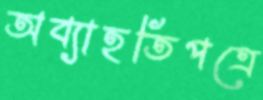
অব্যাহতিপত্রে